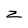
Character: Z